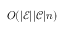
O ( | \mathcal { E } | | \mathcal { C } | n )